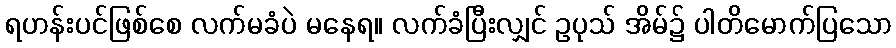
ရဟန်းပင်ဖြစ်စေ လက်မခံပဲ မနေရ။ လက်ခံပြီးလျှင် ဥပုသ် အိမ်၌ ပါတိမောက်ပြသော